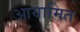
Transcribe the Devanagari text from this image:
आयामित